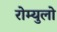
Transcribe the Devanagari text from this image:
रोम्युलो